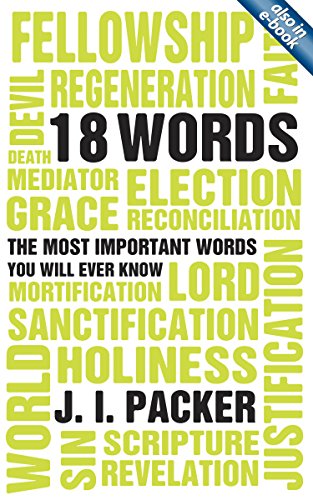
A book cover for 18 Words: The Most Important Words you will Ever Know; J. I. Packer; Christian Books & Bibles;